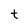
Character: t